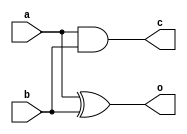
module aa(c,o,a,b);
	output c;
	output o;
	input a;
	input b;
	and(c,a,b);
	xor(o,a,b);
endmodule